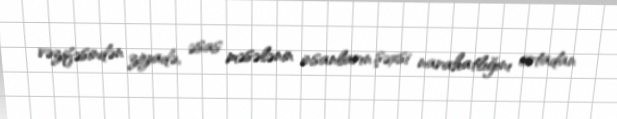
vəzifəsindən ziyadə, əsas məsələnin insanların şəxsi narahatlığını ortadan